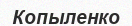
Копыленко